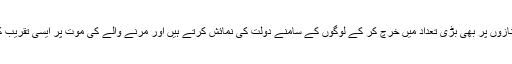
گلوبل ٹائمز کے مطابق چین کے امیر لوگ اہم مواقع پر یہاں تک کے جنازوں پر بھی بڑی تعداد میں خرچ کر کے لوگوں کے سامنے دولت کی نمائش کرتے ہیں اور مرنے والے کی موت پر ایسی تقریب کے زریعے یہ کوشش کرتے ہیں کہ اس کے لواحقین زیادہ اداس نہ ہوں۔